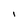
Character: I